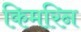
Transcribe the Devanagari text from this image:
किमरिन